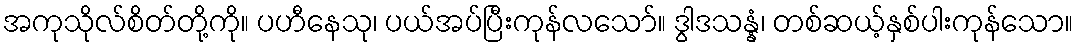
အကုသိုလ်စိတ်တို့ကို။ ပဟီနေသု၊ ပယ်အပ်ပြီးကုန်လသော်။ ဒွါဒသန္နံ၊ တစ်ဆယ့်နှစ်ပါးကုန်သော။